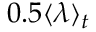
0 . 5 \langle \lambda \rangle _ { t }